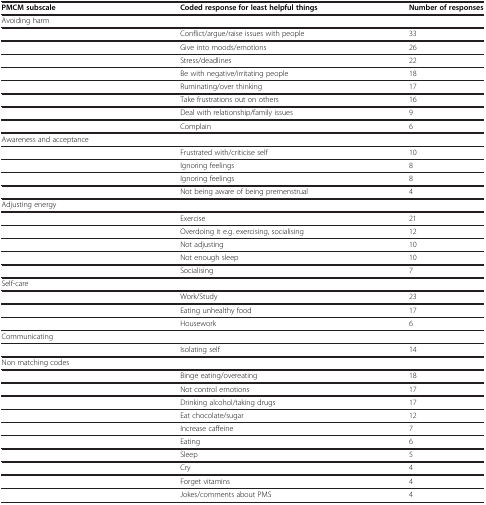
| PMCM subscale | Coded response for least helpful things | Number of responses |
 | --- | --- | --- |
 | Avoiding harm |  |  |
 |  | Conflict/argue/raise issues with people | 33 |
 |  | Give into moods/emotions | 26 |
 |  | Stress/deadlines | 22 |
 |  | Be with negative/irritating people | 18 |
 |  | Ruminating/over thinking | 17 |
 |  | Take frustrations out on others | 16 |
 |  | Deal with relationship/family issues | 9 |
 |  | Complain | 6 |
 | Awareness and acceptance |  |  |
 |  | Frustrated with/criticise self | 10 |
 |  | Ignoring feelings | 8 |
 |  | Ignoring feelings | 8 |
 |  | Not being aware of being premenstrual | 4 |
 | Adjusting energy |  |  |
 |  | Exercise | 21 |
 |  | Overdoing it e.g. exercising, socialising | 12 |
 |  | Not adjusting | 10 |
 |  | Not enough sleep | 10 |
 |  | Socialising | 7 |
 | Self-care |  |  |
 |  | Work/Study | 23 |
 |  | Eating unhealthy food | 17 |
 |  | Housework | 6 |
 | Communicating |  |  |
 |  | Isolating self | 14 |
 | Non matching codes |  |  |
 |  | Binge eating/overeating | 18 |
 |  | Not control emotions | 17 |
 |  | Drinking alcohol/taking drugs | 17 |
 |  | Eat chocolate/sugar | 12 |
 |  | Increase caffeine | 7 |
 |  | Eating | 6 |
 |  | Sleep | 5 |
 |  | Cry | 4 |
 |  | Forget vitamins | 4 |
 |  | Jokes/comments about PMS | 4 |